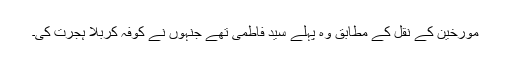
مورخین کے نقل کے مطابق وہ پہلے سید فاطمی تھے جنہوں نے کوفہ کربلا ہجرت کی۔